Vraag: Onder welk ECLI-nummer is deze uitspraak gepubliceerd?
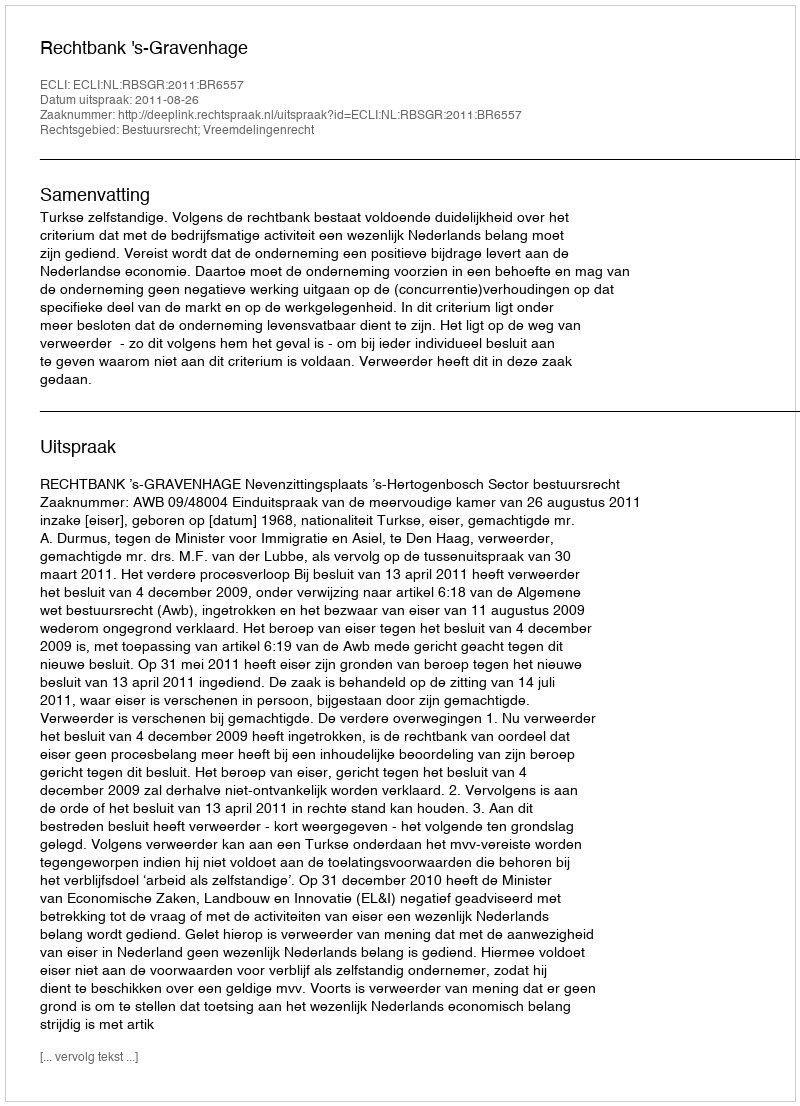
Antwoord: ECLI:NL:RBSGR:2011:BR6557